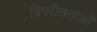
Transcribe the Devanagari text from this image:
विपरीतताओं